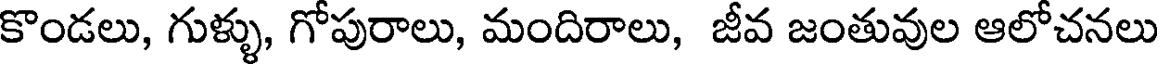
కొండలు, గుళ్ళు, గోపురాలు, మందిరాలు, జీవ జంతువుల ఆలోచనలు